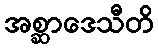
အစ္ဆာဒေသီတိ